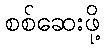
စစ်ဆေးဖို့